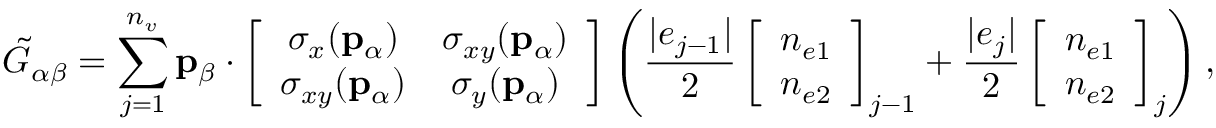
\tilde { G } _ { \alpha \beta } = \sum _ { j = 1 } ^ { n _ { v } } \mathbf { p } _ { \beta } \cdot \left[ \begin{array} { c c } { \sigma _ { x } ( \mathbf { p } _ { \alpha } ) } & { \sigma _ { x y } ( \mathbf { p } _ { \alpha } ) } \\ { \sigma _ { x y } ( \mathbf { p } _ { \alpha } ) } & { \sigma _ { y } ( \mathbf { p } _ { \alpha } ) } \end{array} \right] \left( \frac { | e _ { j - 1 } | } { 2 } \left[ \begin{array} { c } { n _ { e 1 } } \\ { n _ { e 2 } } \end{array} \right] _ { j - 1 } + \frac { | e _ { j } | } { 2 } \left[ \begin{array} { c } { n _ { e 1 } } \\ { n _ { e 2 } } \end{array} \right] _ { j } \right) ,